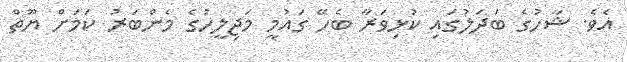
އެވެ. ޝާހުގެ ބަދަލުގައި ކުޅިވަރާ ބެހޭ ގައުމީ މަޖިލީހުގެ މެންބަރު ކަމަށް ޔޫތް